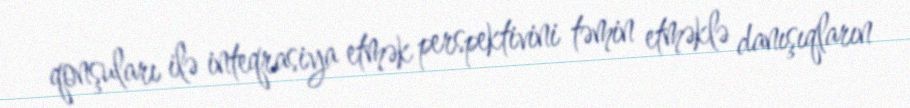
qonşuları ilə inteqrasiya etmək perspektivini təmin etməklə danışıqların